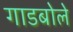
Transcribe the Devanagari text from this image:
गाडबोले